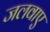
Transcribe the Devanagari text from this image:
जलवाए